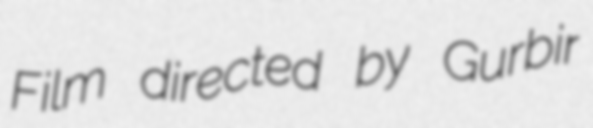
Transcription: Film directed by Gurbir